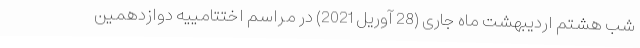
شب هشتم اردیبهشت ماه جاری (28 آوریل 2021) در مراسم اختتامییه دوازدهمين